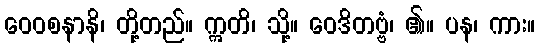
ဝေဝစနာနိ၊ တို့တည်။ ဣတိ၊ သို့။ ဝေဒိတဗ္ဗံ၊ ၏။ ပန၊ ကား။